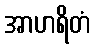
အာဟရိတံ